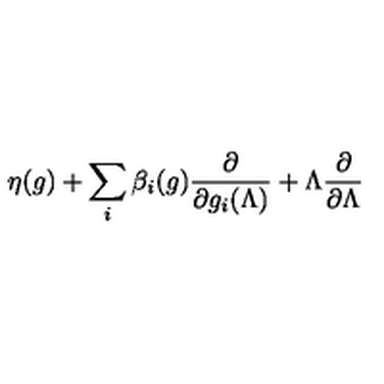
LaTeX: \eta ( g ) + \sum _ { i } \beta _ { i } ( g ) \frac { \partial } { \partial g _ { i } ( \Lambda ) } + \Lambda \frac { \partial } { \partial \Lambda }